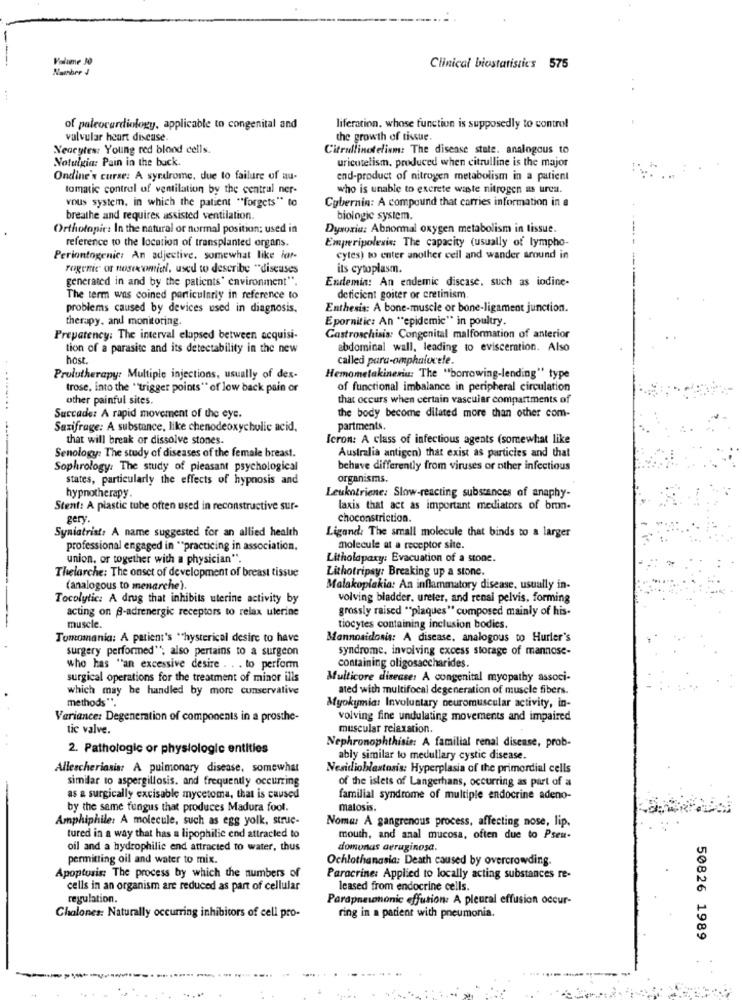
Volume 30
Clinical biostatistics 575
of paleocardiology, applicable to congenital and
liferation, whose function is supposedly to control
valvular heart disease.
the growth of tissue.
Yeccytes: Young red blood cells.
Citrullinotelism: The disease state. analogous to
Notulgia: Pain in the buck.
uricutelism, produced when citrulline is the major
Ondine's curse: A syndrome, due to failure of au-
end-product of nitrogen metabolism in a patient
tomatic control of ventilation by the central ner-
who is unable to excrete waste nitrogen us urca.
vous system, in which the patient "forgets" to
Cybernin: A compound that carries information in a
breathe and requires assisted ventilation.
biologic system.
Orthotopic: In the natural or normal position; used in
Dysoria: Abnormal oxygen metabolism in tissue.
reference to the location of transplanted organs.
Emperipolesis: The capacity (usually of lympho-
Periontogenic: An adjective, somewhat like lar-
cytes) to enter another cell and wander around in
rogenic or nosocomial, used to describe "diseases
its cytoplasm.
generated in and by the patients' environment".
Endemia: An endemic discase, such as iodine-
The term was coined particularly in reference to
deficient goiter or cretinism
problems caused by devices used in diagnosis.
Enthesis: A bone-muscle or bone-ligament junction.
therapy. and monitoring.
Epornitic: An ""epidemic" in poultry.
Prepatency: The interval elapsed between acquisi-
Gastroschisis: Congenital malformation of anterior
tion of a parasite and its detectability in the new
abdominal wall, leading to evisceration. Also
host
called para-omphalocele.
Prolutherapy: Multiple injections, usually of dex-
Hemometakineniu: The "borrowing-lending" type
trose, into the "trigger points" of low back pain or
of functional imbalance in peripheral circulation
other painful sites.
that occurs when certain vascular compartments of
Succade: A rapid movement of the eye.
the body become dilated more than other com-
Saxifrage: A substance, like chenodeoxycholic acid.
partments.
that will break or dissolve stones.
Icron: A class of infectious agents (somewhat like
Senology: The study of diseases of the female breast.
Australia antigen) that exist as particles and that
Sophrology: The study of pleasant psychological
behave differently from viruses or other infectious
states, particularly the effects of hypnosis and
organisms.
hypnotherapy
Leukotriene: Slow-reacting substances of anaphy-
Stent: A plastic tube often used in reconstructive sur-
laxis that act as important mediators of bron-
gery.
choconstriction.
Syniatrist: A name suggested for an allied health
Liganel: The small molecule that binds to a larger
professional engaged in ** practicing in association,
molecule at a receptor site.
union, or together with a physician".
Litholapaxy: Evacuation of a stone.
Thelarche: The onset of development of breast tissue
Lithotripsy: Breaking up a stone.
(analogous to menarche)
Malakoplakia: An inflammatory disease, usually in-
Tocolylic: A drug that inhibits uterine activity by
volving bladder. ureter, and renal pelvis, forming
acting on A-adrenergic receptors to relax uterine
grossly raised "plaques" composed mainly of his-
muscle.
tiocytes containing inclusion bodies.
Tomomania: A patient's "hysterical desire to have
Mannosidosis: A disease. analogous to Hurler's
surgery performed", also pertains to a surgeon
syndrome, involving excess storage of mannose-
who has "an excessive desire . . . to perform
containing oligosaccharides.
surgical operations for the treatment of minor ills
Multicore disease: A congenital myopathy associ-
which may be handled by more conservative
ated with multifocal degeneration of muscle fibers.
methods"".
Myokymia: Involuntary neuromuscular activity, in-
Variance: Degeneration of components in a prosthe-
volving fine undulating movements and impaired
tic valve.
muscular relaxation.
2. Pathologic or physiologic entities
Nephronophthisie: A familial renal disease, prob-
ably similar to medullary cystic disease.
Allescheriasis A pulmonary disease, somewhat
Nesidioblastosis: Hyperplasia of the primordial cells
similar to aspergillosis. and frequently occurring
of the islets of Langerhans, occurring as part of a
as a surgically excisable mycetoma, that is caused
familial syndrome of multiple endocrine adeno-
by the same fungus that produces Madura fool.
matosis.
Amphiphile: A molecule, such as egg yolk, struc-
Noma: A gangrenous process, affecting nose, lip.
tured in a way that has a lipophilic end attracted to
mouth, and anal mucosa, often due to Pseu-
oil and a hydrophilic end attracted to water, thus
domonas aeruginosa.
permitting oil and water to mix.
Ochlothangsia: Death caused by overcrowding.
Apoptosis: The process by which the numbers of
Paracrine: Applied to locally acting substances re-
cells in an organism are reduced as part of cellular
leased from endocrine cells.
regulation.
Parapneumonic effution: A pleural effusion occur-
Chalones: Naturally occurring inhibitors of cell pro-
ring in a patient with pneumonia.
50826 1989
....
. ......... ...